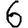
Digit: 6